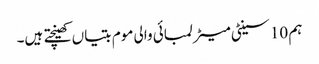
ہم 10 سینٹی میٹر لمبائی والی موم بتیاں کھینچتے ہیں۔